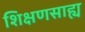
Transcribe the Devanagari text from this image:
शिक्षणसाह्य